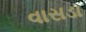
વાસડા